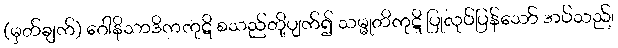
(မှတ်ချက်) ဂေါနိသာဒိကကုဋိ စသည်တို့ပျက်၍ သမ္မုတိကုဋိ ပြုလုပ်ပြန်သော် အပ်သည်၊